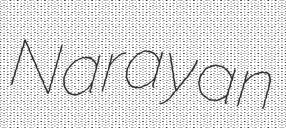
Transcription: Narayan